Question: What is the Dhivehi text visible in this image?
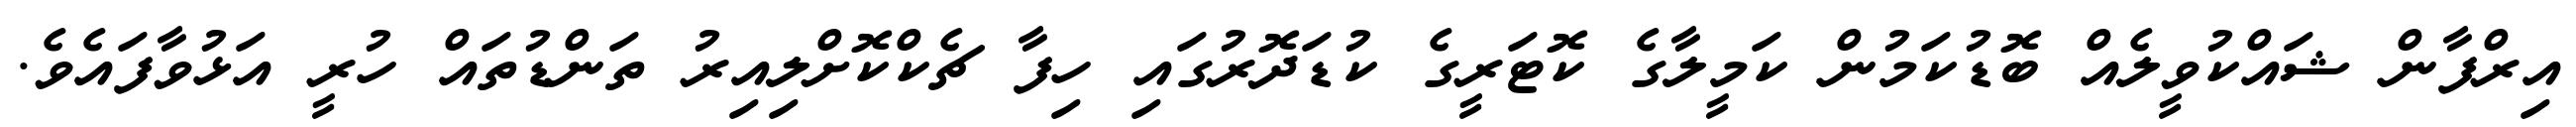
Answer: އިރްފާން ޝައްކުވީލެއް ބޮޑުކަމުން ކަމީލާގެ ކޮޓަރީގެ ކުޑަދޮރުގައި ހިފާ ޗެކްކޮށްލިއިރު ތަންޑުތައް ހުރީ އަޅުވާފައެވެ.